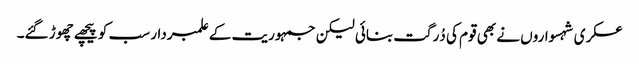
عسکری شہسواروں نے بھی قوم کی دُرگت بنائی لیکن جمہوریت کے علمبردار سب کو پیچھے چھوڑ گئے۔